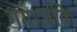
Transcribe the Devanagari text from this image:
गंगाजीके